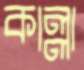
কাল্লা